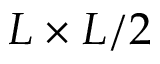
L \times L / 2